Report on the bubonic plague in Bombay, 1896-1897
Year: 1896
Disease focus: Plague
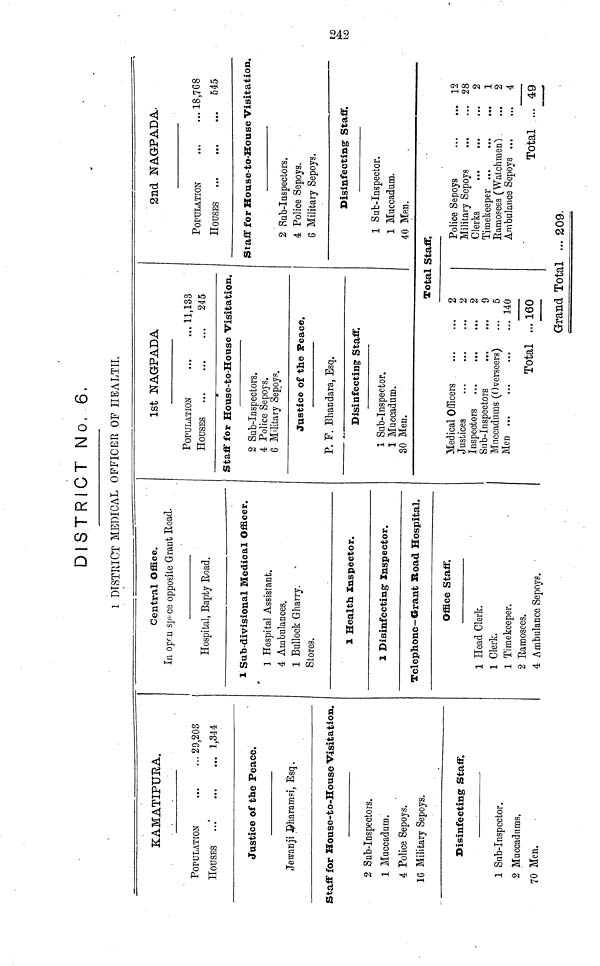
DISTRICT No. 6.
1 DISTRICT MEDICAL OFFICER OP HEALTH.
KAMATIPURA.
POPULATION
...
...
29,208
HOUSES
...
...
...
1,344
Justice of the Peace.
Jewanji Dharamsi, Esq.
Staff for House-to-House Visitation.
2 Sab-Inspectors.
1 Maccadam.
4 Police Sepoys.
16 Military Sepoys.
Disinfecting Staff.
1 Sub-Inspcctor.
2 Muccadums.
70 Men.
Central Office.
In open space opposite Grant Road.
Hospital, Bapty Road.
1 Sub-divisional Medical Officer.
1 Hospital Assistant.
4 Ambulances.
1 Bullock Gharry.
Stores.
1 Health Inspector.
1 Disinfecting- Inspector.
Telephone-Grant Road Hospital.
Office Staff.
1 Head Clerk.
1 Clerk.
1 Timekeeper.
2 Ramosces.
4 Ambulance Sepoys.
1st NAGPADA
POPULATION
...
...
11,133
HOUSES
245
Staff for House-to-House Visitation.
2 Sab-Inspectors.
4 Police Sepoys.
6 Military Sepoys.
Justice of the Peace.
P. F. Bhandara, Esq.
Disinfecting Staff.
1 Sub-Inspector.
1 Muccadum.
30 Men.
2nd NAGPADA
POPULATION
HOUSES
•••
...
•••
18,768
545
Staff for House-to-House Visitation,
2
4
6
1
1
40
Sub-Inspectors.
Police Sepoys.
Military Sepoys.
Disinfecting Staff.
Sub-Inspector.
Muccadum.
Men.
Total Staff.
Medical Officers
Justices
Inspectors
Sub-Inspectors
Muccadums (Overseers) ...
Total ...
2
2
2
9
5
140
160
Police Sepoys
Military Sepoys
Clerks
Timekeeper
Ramosees (Watchmen) ...
Ambulance Sepoys ... ...
Total ...
12
28
2
1
2
4
49
Grand Total ... 209.